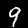
Digit: 9